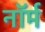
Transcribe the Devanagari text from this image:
नाॅर्म